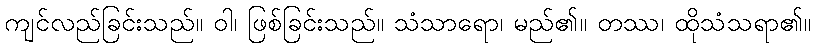
ကျင်လည်ခြင်းသည်။ ဝါ၊ ဖြစ်ခြင်းသည်။ သံသာရော၊ မည်၏။ တဿ၊ ထိုသံသရာ၏။